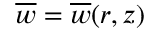
\overline { { w } } = \overline { { w } } ( r , z )